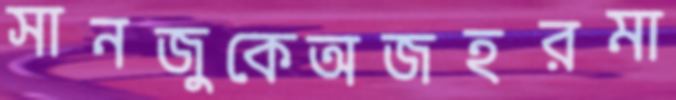
সানজুকেঅজহরমা